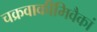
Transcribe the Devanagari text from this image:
चक्रवाकीमिवैकां